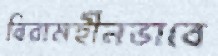
বিরামহীনভাবে